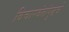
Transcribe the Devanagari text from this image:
विचारवंतांपुढचे